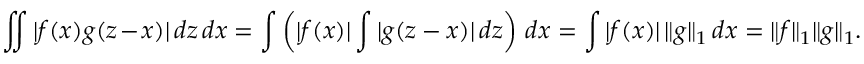
\iint | f ( x ) g ( z - x ) | \, d z \, d x = \int \left( | f ( x ) | \int | g ( z - x ) | \, d z \right) \, d x = \int | f ( x ) | \, \| g \| _ { 1 } \, d x = \| f \| _ { 1 } \| g \| _ { 1 } .